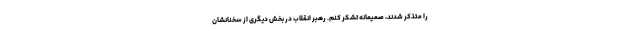
را متذکر شدند، صمیمانه تشکر کنم. رهبر انقلاب در بخش دیگری از سخنانشان